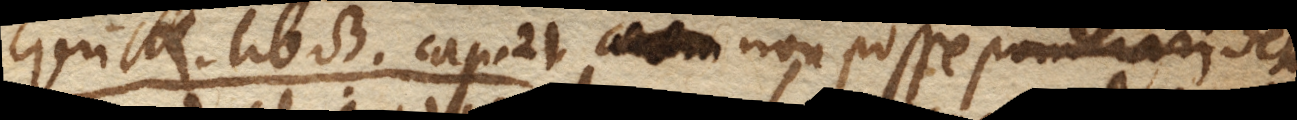
Gerick. lib. 3. cap. 21. Aerem non posse ponderari Non posse deter–